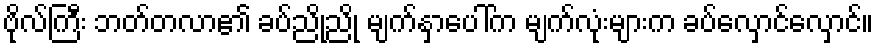
ဗိုလ်ကြီး ဘတ်တလာ၏ ခပ်ညိုညို မျက်နှာပေါ်က မျက်လုံးများက ခပ်လှောင်လှောင်။